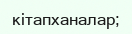
кітапханалар;